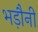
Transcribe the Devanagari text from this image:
भड़ौनी